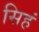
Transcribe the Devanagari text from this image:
सिहं